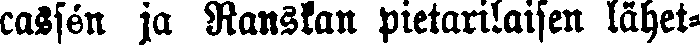
cassén ja Ranskan pietarilaisen lähet-